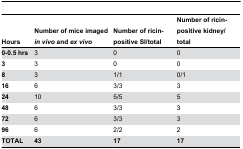
| Hours | Number of mice imaged invivo and exvivo | Number of ricin-positive SI/total | Number of ricin-positive kidney/ total |
 | --- | --- | --- | --- |
 | 0-0.5 hrs | 3 | 0 | 0 |
 | 3 | 3 | 0 | 0 |
 | 8 | 3 | 1/1 | 0/1 |
 | 16 | 6 | 3/3 | 3 |
 | 24 | 10 | 5/5 | 5 |
 | 48 | 6 | 3/3 | 3 |
 | 72 | 6 | 3/3 | 3 |
 | 96 | 6 | 2/2 | 2 |
 | TOTAL | 43 | 17 | 17 |